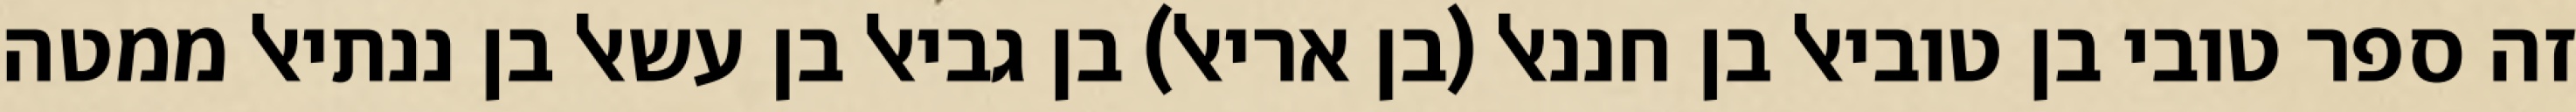
זה ספר טובי בן טוביאל בן חננאל (בן אריאל) בן גביאל בן עשאל בן ננתיאל ממטה